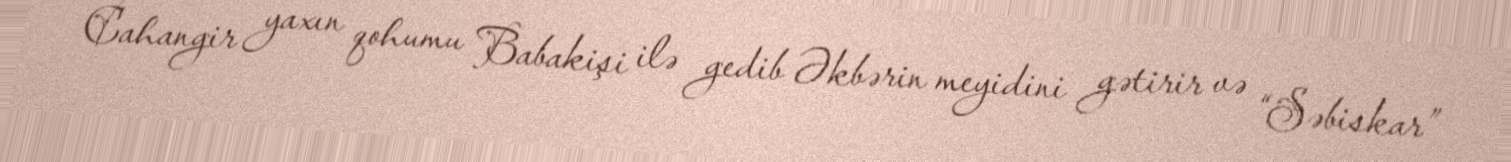
Cahangir yaxın qohumu Babakişi ilə gedib Əkbərin meyidini gətirir və “Səbiskar”